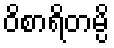
ဝိစာရိတမ္ပိ